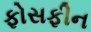
ફોસફીન